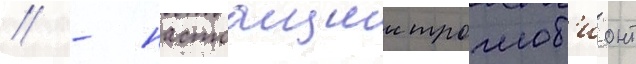
// - настоащии троглоб'ионт